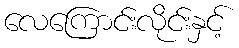
လေကြောင်းလိုင်းနှင့်